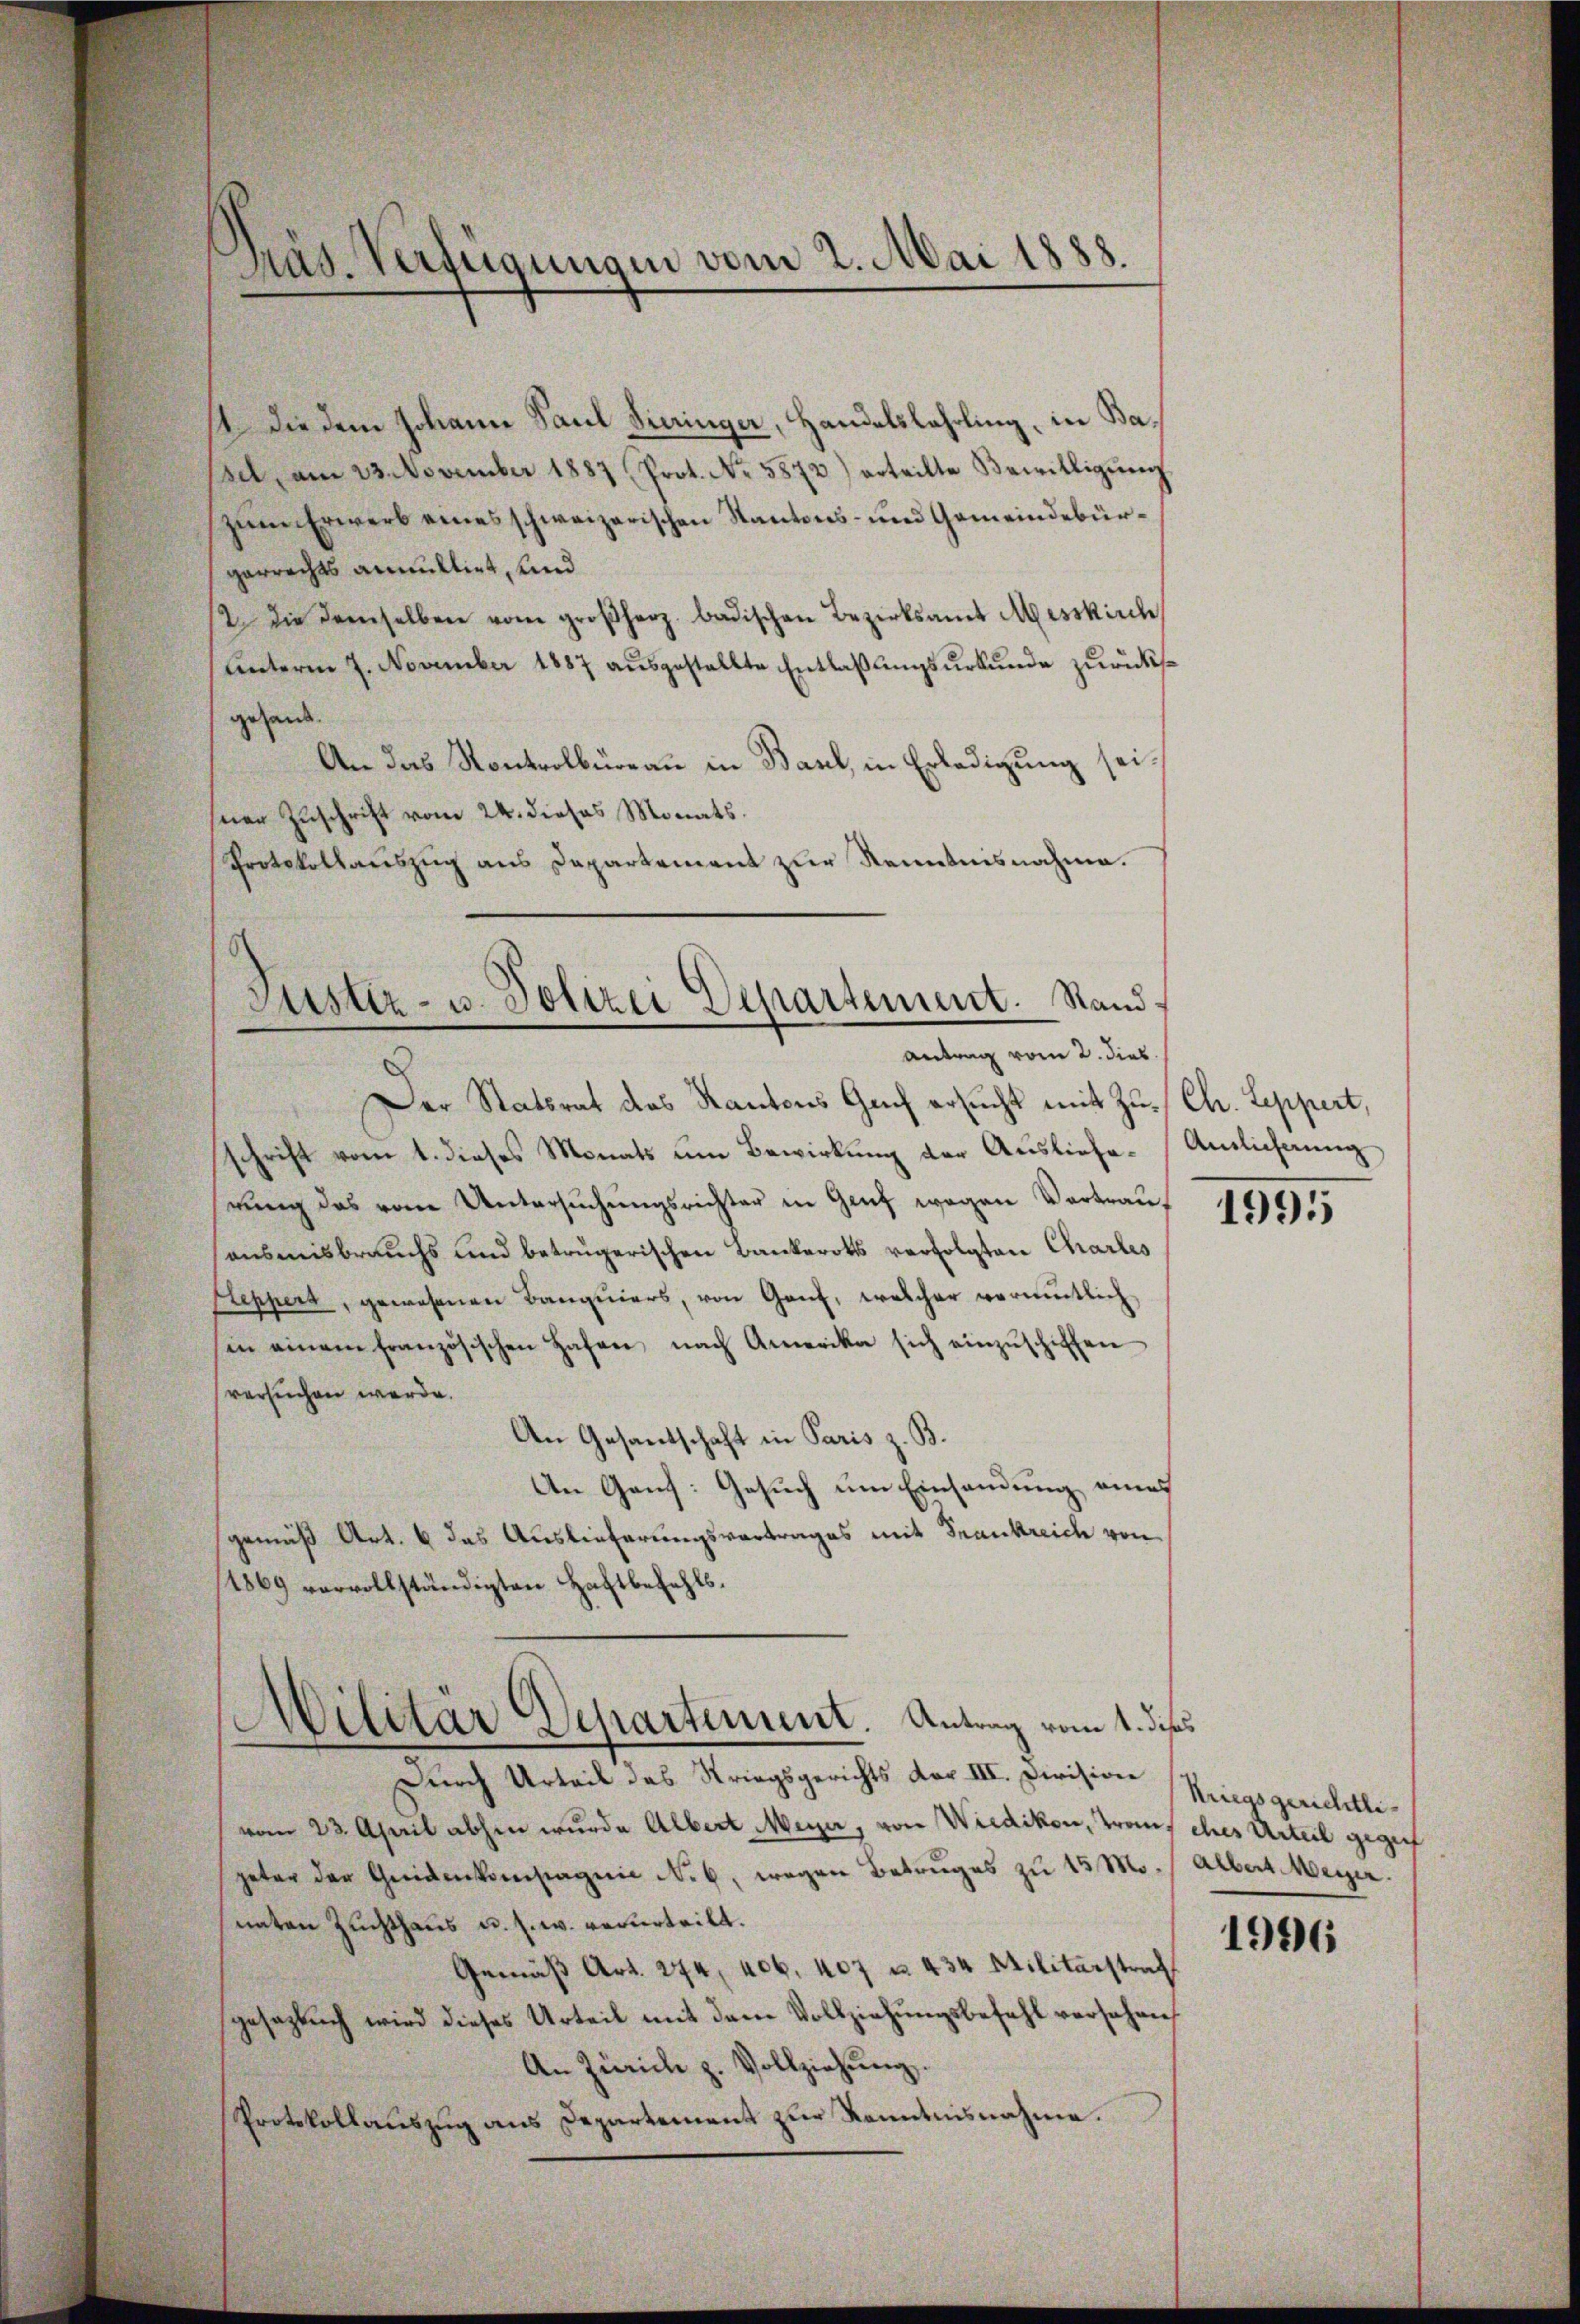
Präs. Verfügungen vom 2. Mai 1888.

st die dem Johann Paul Sieringer, Handelslehrling, in Baset, am 23. November 1887 Prot. No. 5872) erteilte Bewilligŭng
zum Erwerb eines schweizerischen Kantons- und Gemeindebürgarrechts anmillirt, und
2. Die denselben vom großherz badischen Bezirksamt Messkirch
(Unterm 7. November 1887 ausgestellte Entlaßungsurkunde zurückse
gesandt.
An das Kontrolbüreau in Basel, in Erledigung seiner Zuschrift vom 24. dieses Monats.
Protokollauszug aus Departement zur Kenntnisnahme.
Justiz- u. Polizei Departement. Stand

Antrag vom 2. dies

Der Statsrat des Kantons Gach ersucht mit Zu- Ch. Seppert,
schrift vom 1. dieses Monats um Bewirkung der Auslieferung des vom Untersuchungsrichter in Genf wegen Vortrauansmisbrauchs und betrügerischen Bankerots verfolgten Charles
Peppers, gewesenen Banquiers, von Gant, welcher vermutlich
in einem französischen Hafen nach Amerika sich einzŭschiffen
versuchen werde.
An Gesantschaft in Paris z. B.
An Ganz: Gesuch um Einsendung eines
gemäß Art. 6 das Auslieferungsvortrages mit Frankreich von
1869 vervollständigten Haftbefehls.
Militär Departement. Antrag vom 1. dses
Durch Urteil das Striegsgerichts dar III. Division
vom 23. April abhin wurde Albert Meyer, von Wiedikon, Trauf ehes Urteil gezieh
peter der Gredenkenstagnie No. 6, wegen Betruges zu 15 Mo. / Albert Meyer.
naten Zuchthaus u. s. w. verurteilt.
Gemäß Art. 274. 406. 407 u. 434 Militärstraf
gesaglich wird dieses Urteil mit dem Vollziehŭngsbefehl versehen
An Zürich z. Vollziehung.
Protokollauszug aus Departement zur Kenntnisnahme.

Anlicherung

1991

Kriegsgerichtli¬

1996